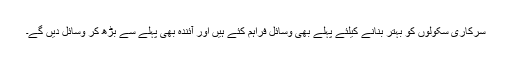
سرکاری سکولوں کو بہتر بنانے کیلئے پہلے بھی وسائل فراہم کئے ہیں اور آئندہ بھی پہلے سے بڑھ کر وسائل دیں گے۔